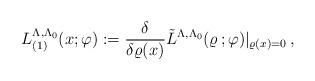
LaTeX: \begin{align*}L_{(1)}^{\Lambda, \Lambda_0}(x ;\varphi ) := \frac{\delta }{\delta \varrho (x)} \tilde{L}^{\Lambda ,\Lambda _0}(\varrho \, ;\varphi ) |_{\varrho (x) = 0 } \, ,\end{align*}